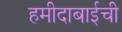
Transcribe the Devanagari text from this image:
हमीदाबाईची